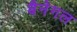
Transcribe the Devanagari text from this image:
बैनेगल